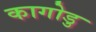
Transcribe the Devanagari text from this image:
कागोडु